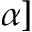
\alpha ]